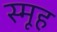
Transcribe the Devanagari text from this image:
स्मूह